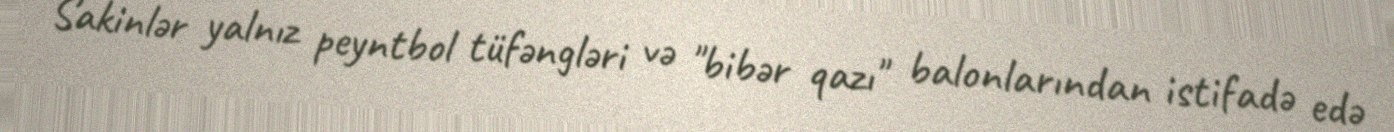
Sakinlər yalnız peyntbol tüfəngləri və "bibər qazı" balonlarından istifadə edə